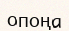
опоңа